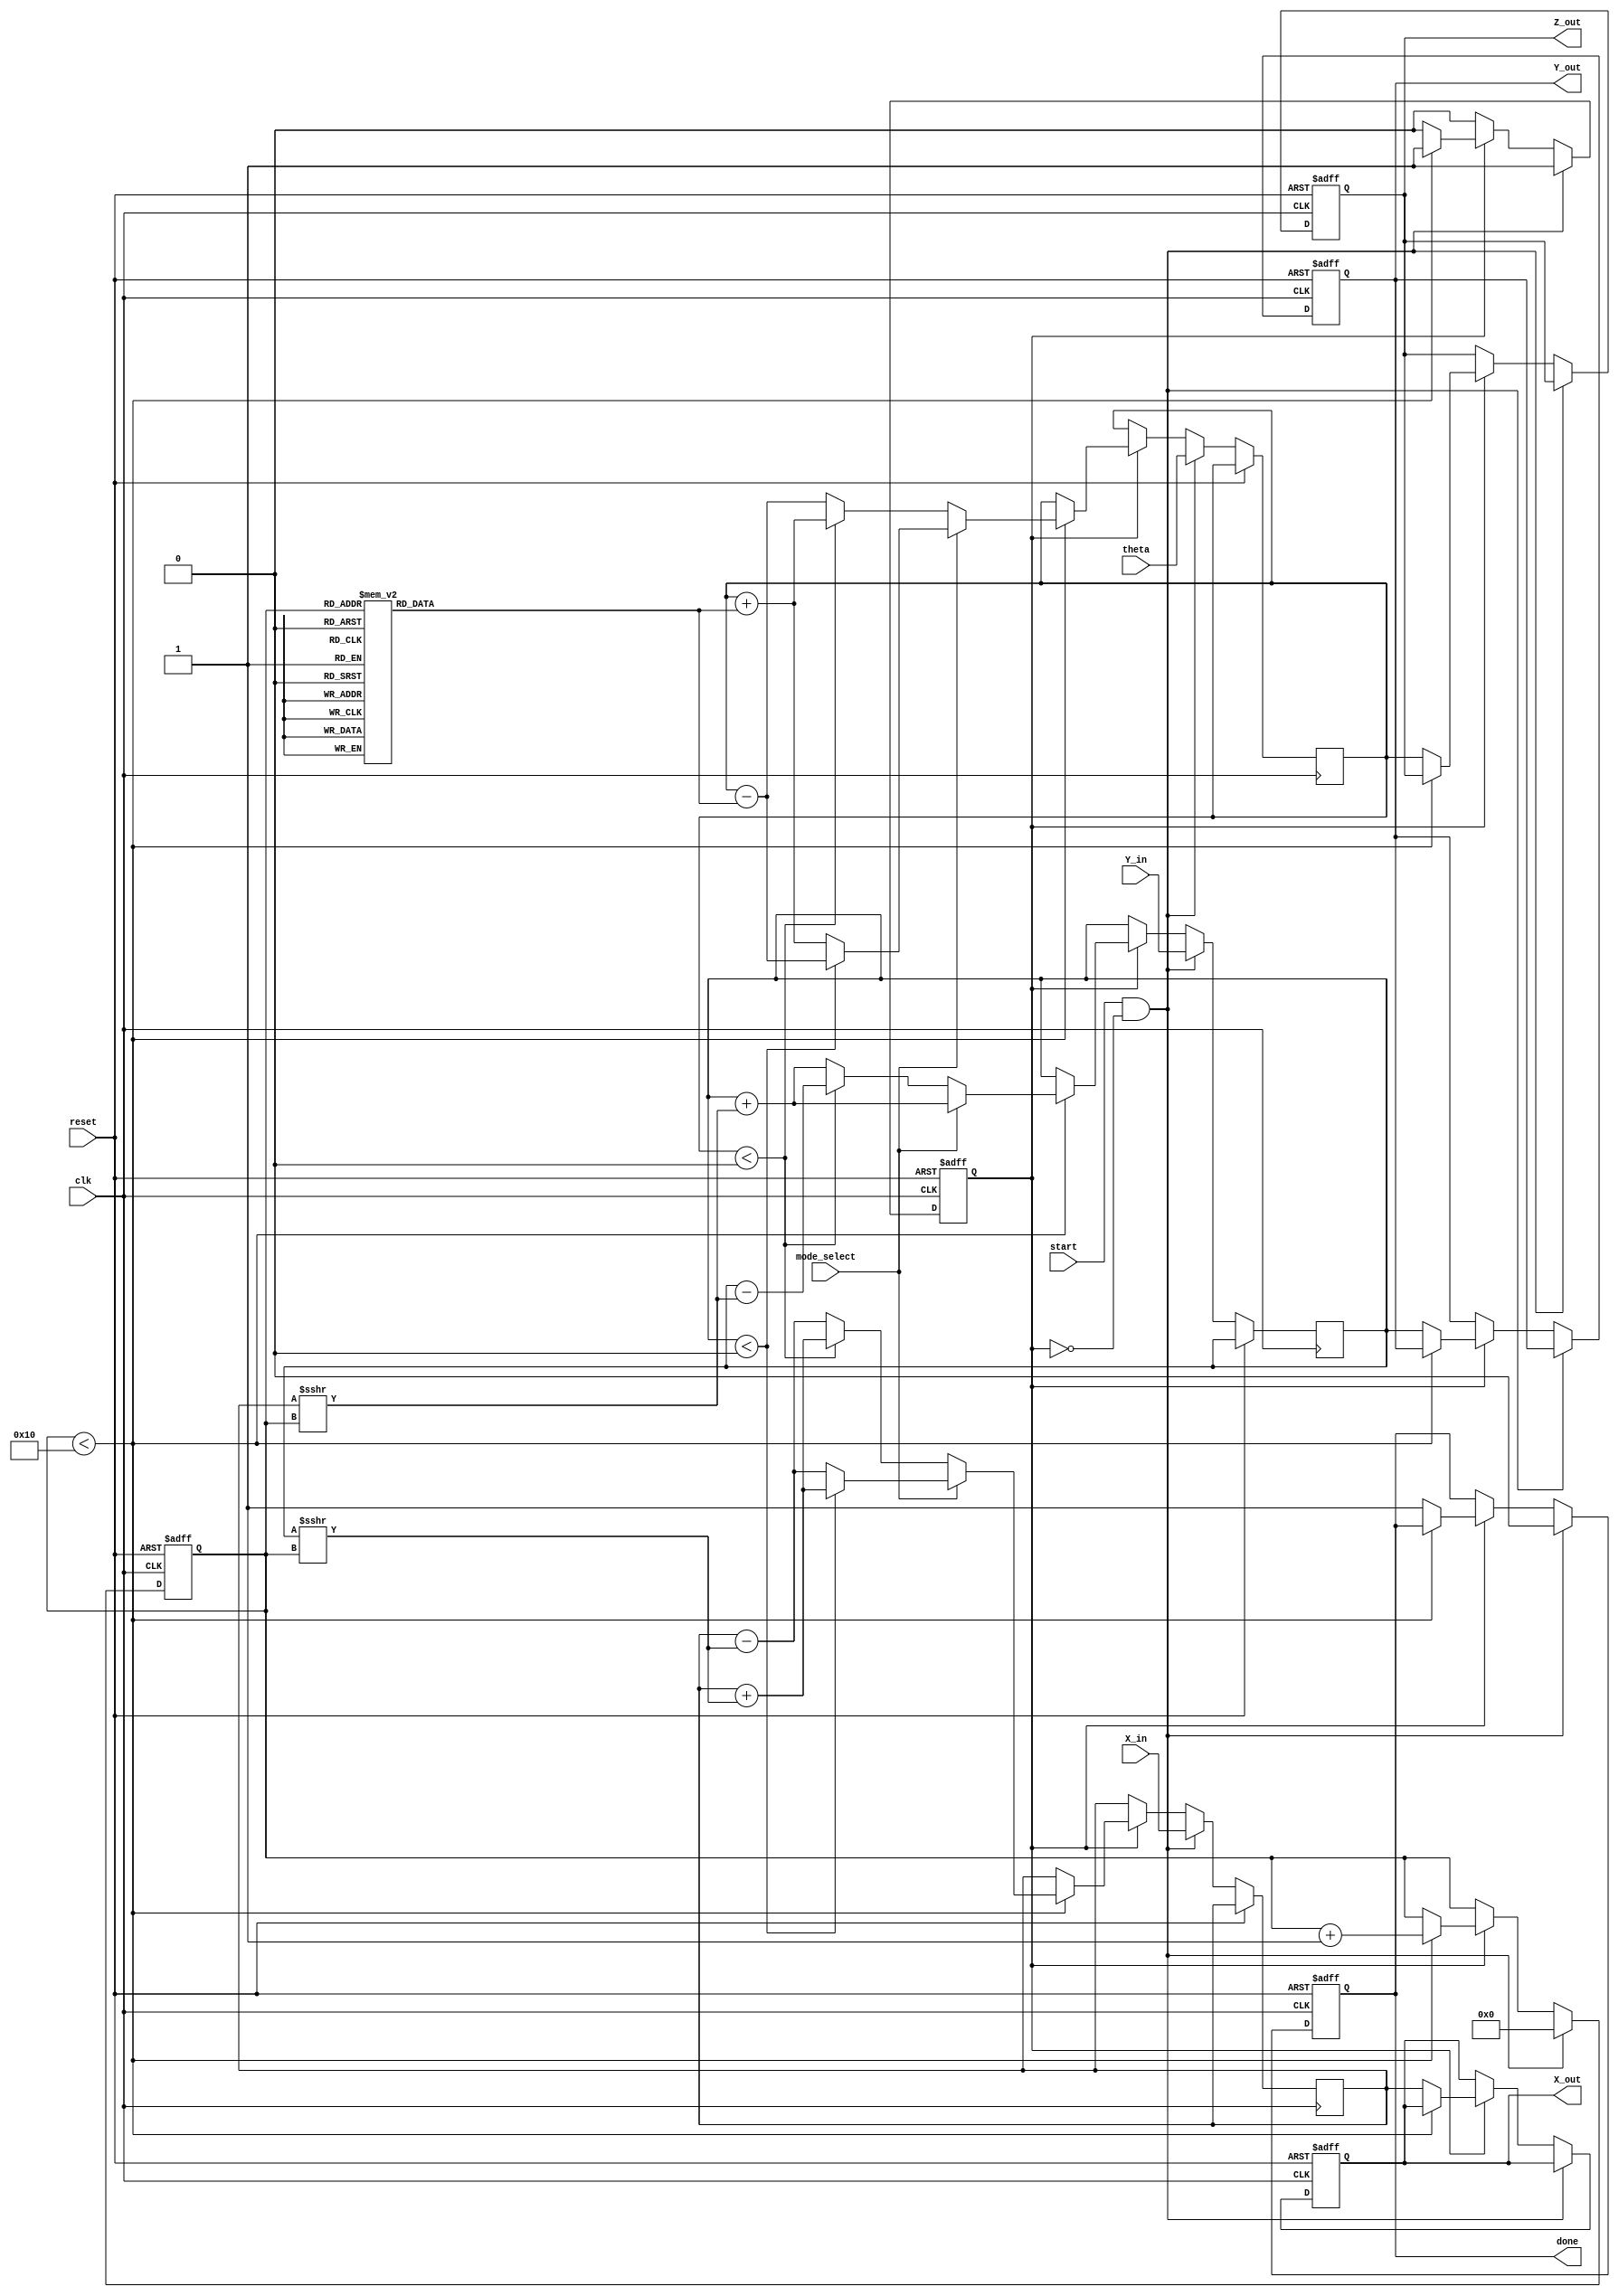
module fixed_point_cordic #(
    parameter WORD_LENGTH = 16,
    parameter FRACTIONAL_BITS = 14,
    parameter ITERATIONS = 16
)(
    input clk,
    input reset,
    input start,
    input mode_select, // 0 for rotation mode, 1 for vectoring mode
    input signed [WORD_LENGTH-1:0] theta, // Angle input
    input signed [WORD_LENGTH-1:0] X_in, // Initial X coordinate
    input signed [WORD_LENGTH-1:0] Y_in, // Initial Y coordinate
    output reg signed [WORD_LENGTH-1:0] X_out, // Resulting X coordinate
    output reg signed [WORD_LENGTH-1:0] Y_out, // Resulting Y coordinate
    output reg signed [WORD_LENGTH-1:0] Z_out, // Resulting angle
    output reg done // Indicates completion of computation
);

    // CORDIC constant values: arctan(2^-i) in fixed-point
    reg signed [WORD_LENGTH-1:0] atan_table [0:ITERATIONS-1];
    
    initial begin
        atan_table[0] = 16'h2000; // atan(1) = 0.785398 (approx) = 2^14 * pi/4
        atan_table[1] = 16'h1333; // atan(1/2) = 0.463648 (approx)
        atan_table[2] = 16'h0A3D; // atan(1/4) = 0.244978 (approx)
        atan_table[3] = 16'h0523; // atan(1/8) = 0.124389 (approx)
        atan_table[4] = 16'h0289; // atan(1/16) = 0.062418 (approx)
        // Add more if necessary...
    end

    reg signed [WORD_LENGTH-1:0] x_reg, y_reg, z_reg;
    reg [3:0] iteration_count;
    reg computing;

    always @(posedge clk or posedge reset) begin
        if (reset) begin
            X_out <= 0;
            Y_out <= 0;
            Z_out <= 0;
            done <= 0;
            iteration_count <= 0;
            computing <= 0;
        end else if (start && !computing) begin
            // Start computation
            x_reg <= X_in;
            y_reg <= Y_in;
            z_reg <= theta;
            iteration_count <= 0;
            done <= 0;
            computing <= 1;
        end else if (computing) begin
            if (iteration_count < ITERATIONS) begin
                if (mode_select == 0) begin // Rotation mode
                    if (z_reg < 0) begin
                        x_reg <= x_reg + (y_reg >>> iteration_count);
                        y_reg <= y_reg - (x_reg >>> iteration_count);
                        z_reg <= z_reg + atan_table[iteration_count];
                    end else begin
                        x_reg <= x_reg - (y_reg >>> iteration_count);
                        y_reg <= y_reg + (x_reg >>> iteration_count);
                        z_reg <= z_reg - atan_table[iteration_count];
                    end
                end else begin // Vectoring mode
                    if (y_reg < 0) begin
                        x_reg <= x_reg + (y_reg >>> iteration_count);
                        y_reg <= y_reg + (x_reg >>> iteration_count);
                        z_reg <= z_reg - atan_table[iteration_count];
                    end else begin
                        x_reg <= x_reg - (y_reg >>> iteration_count);
                        y_reg <= y_reg + (x_reg >>> iteration_count);
                        z_reg <= z_reg + atan_table[iteration_count];
                    end
                end
                iteration_count <= iteration_count + 1;
            end else begin
                // Finished computation
                X_out <= x_reg;
                Y_out <= y_reg;
                Z_out <= z_reg;
                done <= 1;
                computing <= 0;
            end
        end
    end
endmodule